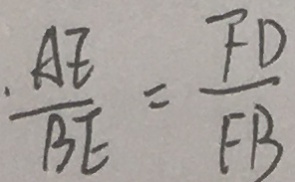
\frac { A E } { B E } = \frac { F D } { F B }